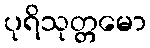
ပုရိသုတ္တမော